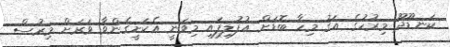
ކަނޑޫދޫ މިރުހުގެ އަގު މިހާ ބޮޑަށް އުފުލިފައި މިވަނީ އެކަށީގެންވާ ވަރަށް މިރުސް